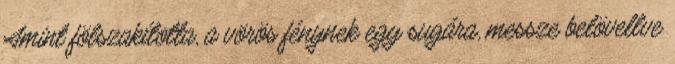
Amint fölszakította, a vörös fénynek egy sugára, messze belövellve